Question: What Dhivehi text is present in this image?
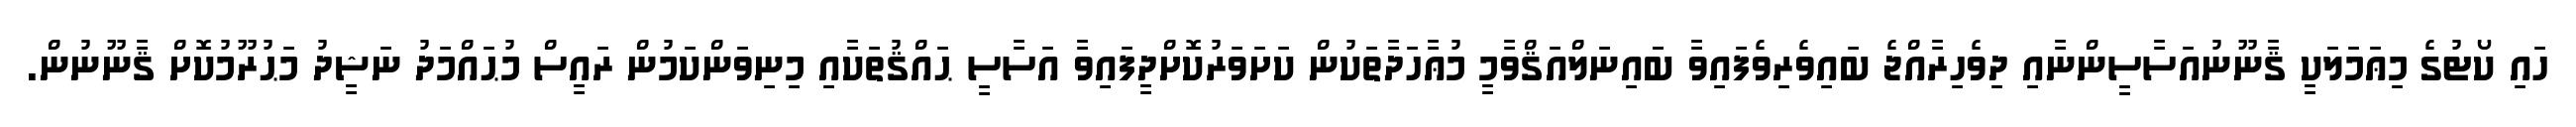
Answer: ހައި ކޯޓުގެ މިޢަމަލަކީ ޤާނޫނުއަސާސީންނާއި ދިވެހިރާއްޖެ ބައިވެރިވެފައިވާ ބަައިނަލްއަޤްވާމީ މުޢާހަދާތަކުން ކަށަވަރުކޮށްދީފައިވާ އަސާސީ ޙައްޤުތަކާއި މިނިވަންކަމުން ރައީސް މުޙައްމަދު ނަޝީދު މަޙުރޫމުކޮށް ޤާނޫނުން.